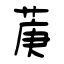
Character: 菮